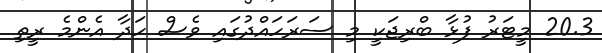
20.3 މީޓަރު ފުޅާ ބްރިޖަކީ މި ސަރަހައްދުގައި ވެސް ހަދާ އެންމެ ރީތި